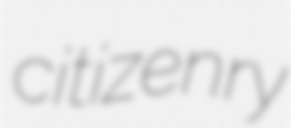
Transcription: citizenry